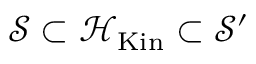
{ \mathcal { S } } \subset { \mathcal { H } } _ { \mathrm { K i n } } \subset { \mathcal { S } } ^ { \prime }